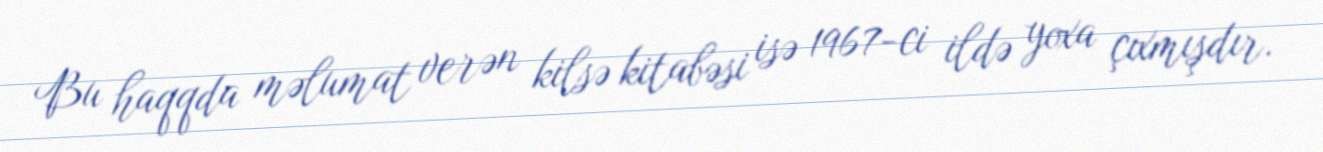
Bu haqqda məlumat verən kilsə kitabəsi isə 1967-ci ildə yoxa çıxmışdır.